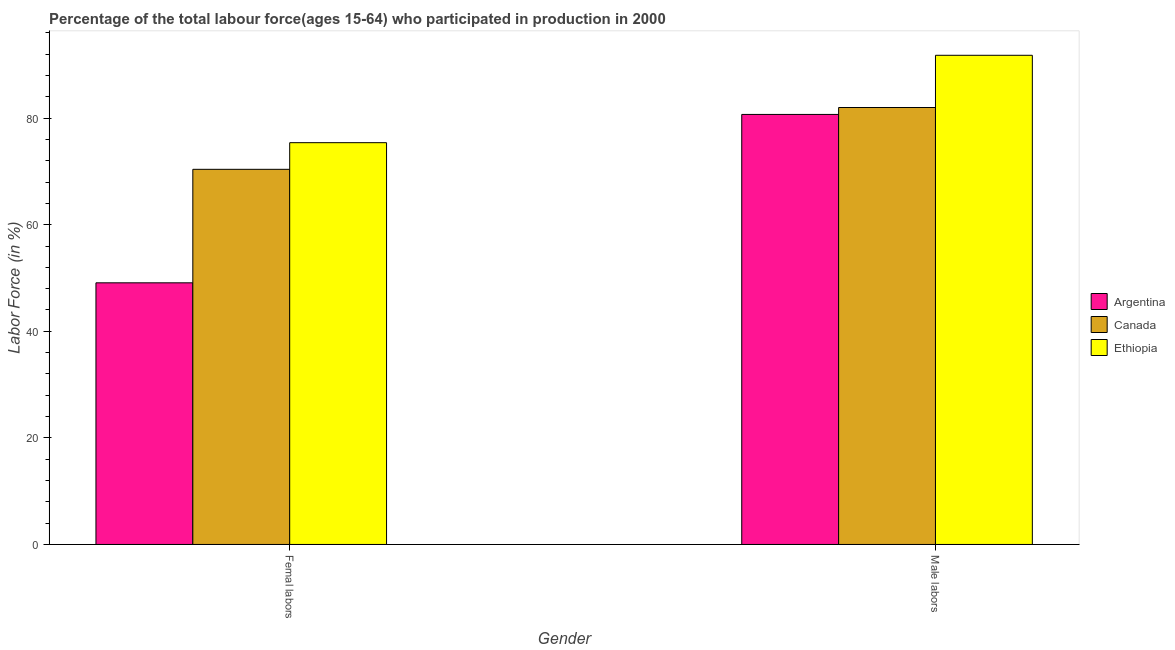
| Gender | Argentina | Canada | Ethiopia |
 | --- | --- | --- | --- |
 | Femal labors | 49.1 | 70.4 | 75.4 |
 | Male labors | 80.7 | 82 | 91.8 |